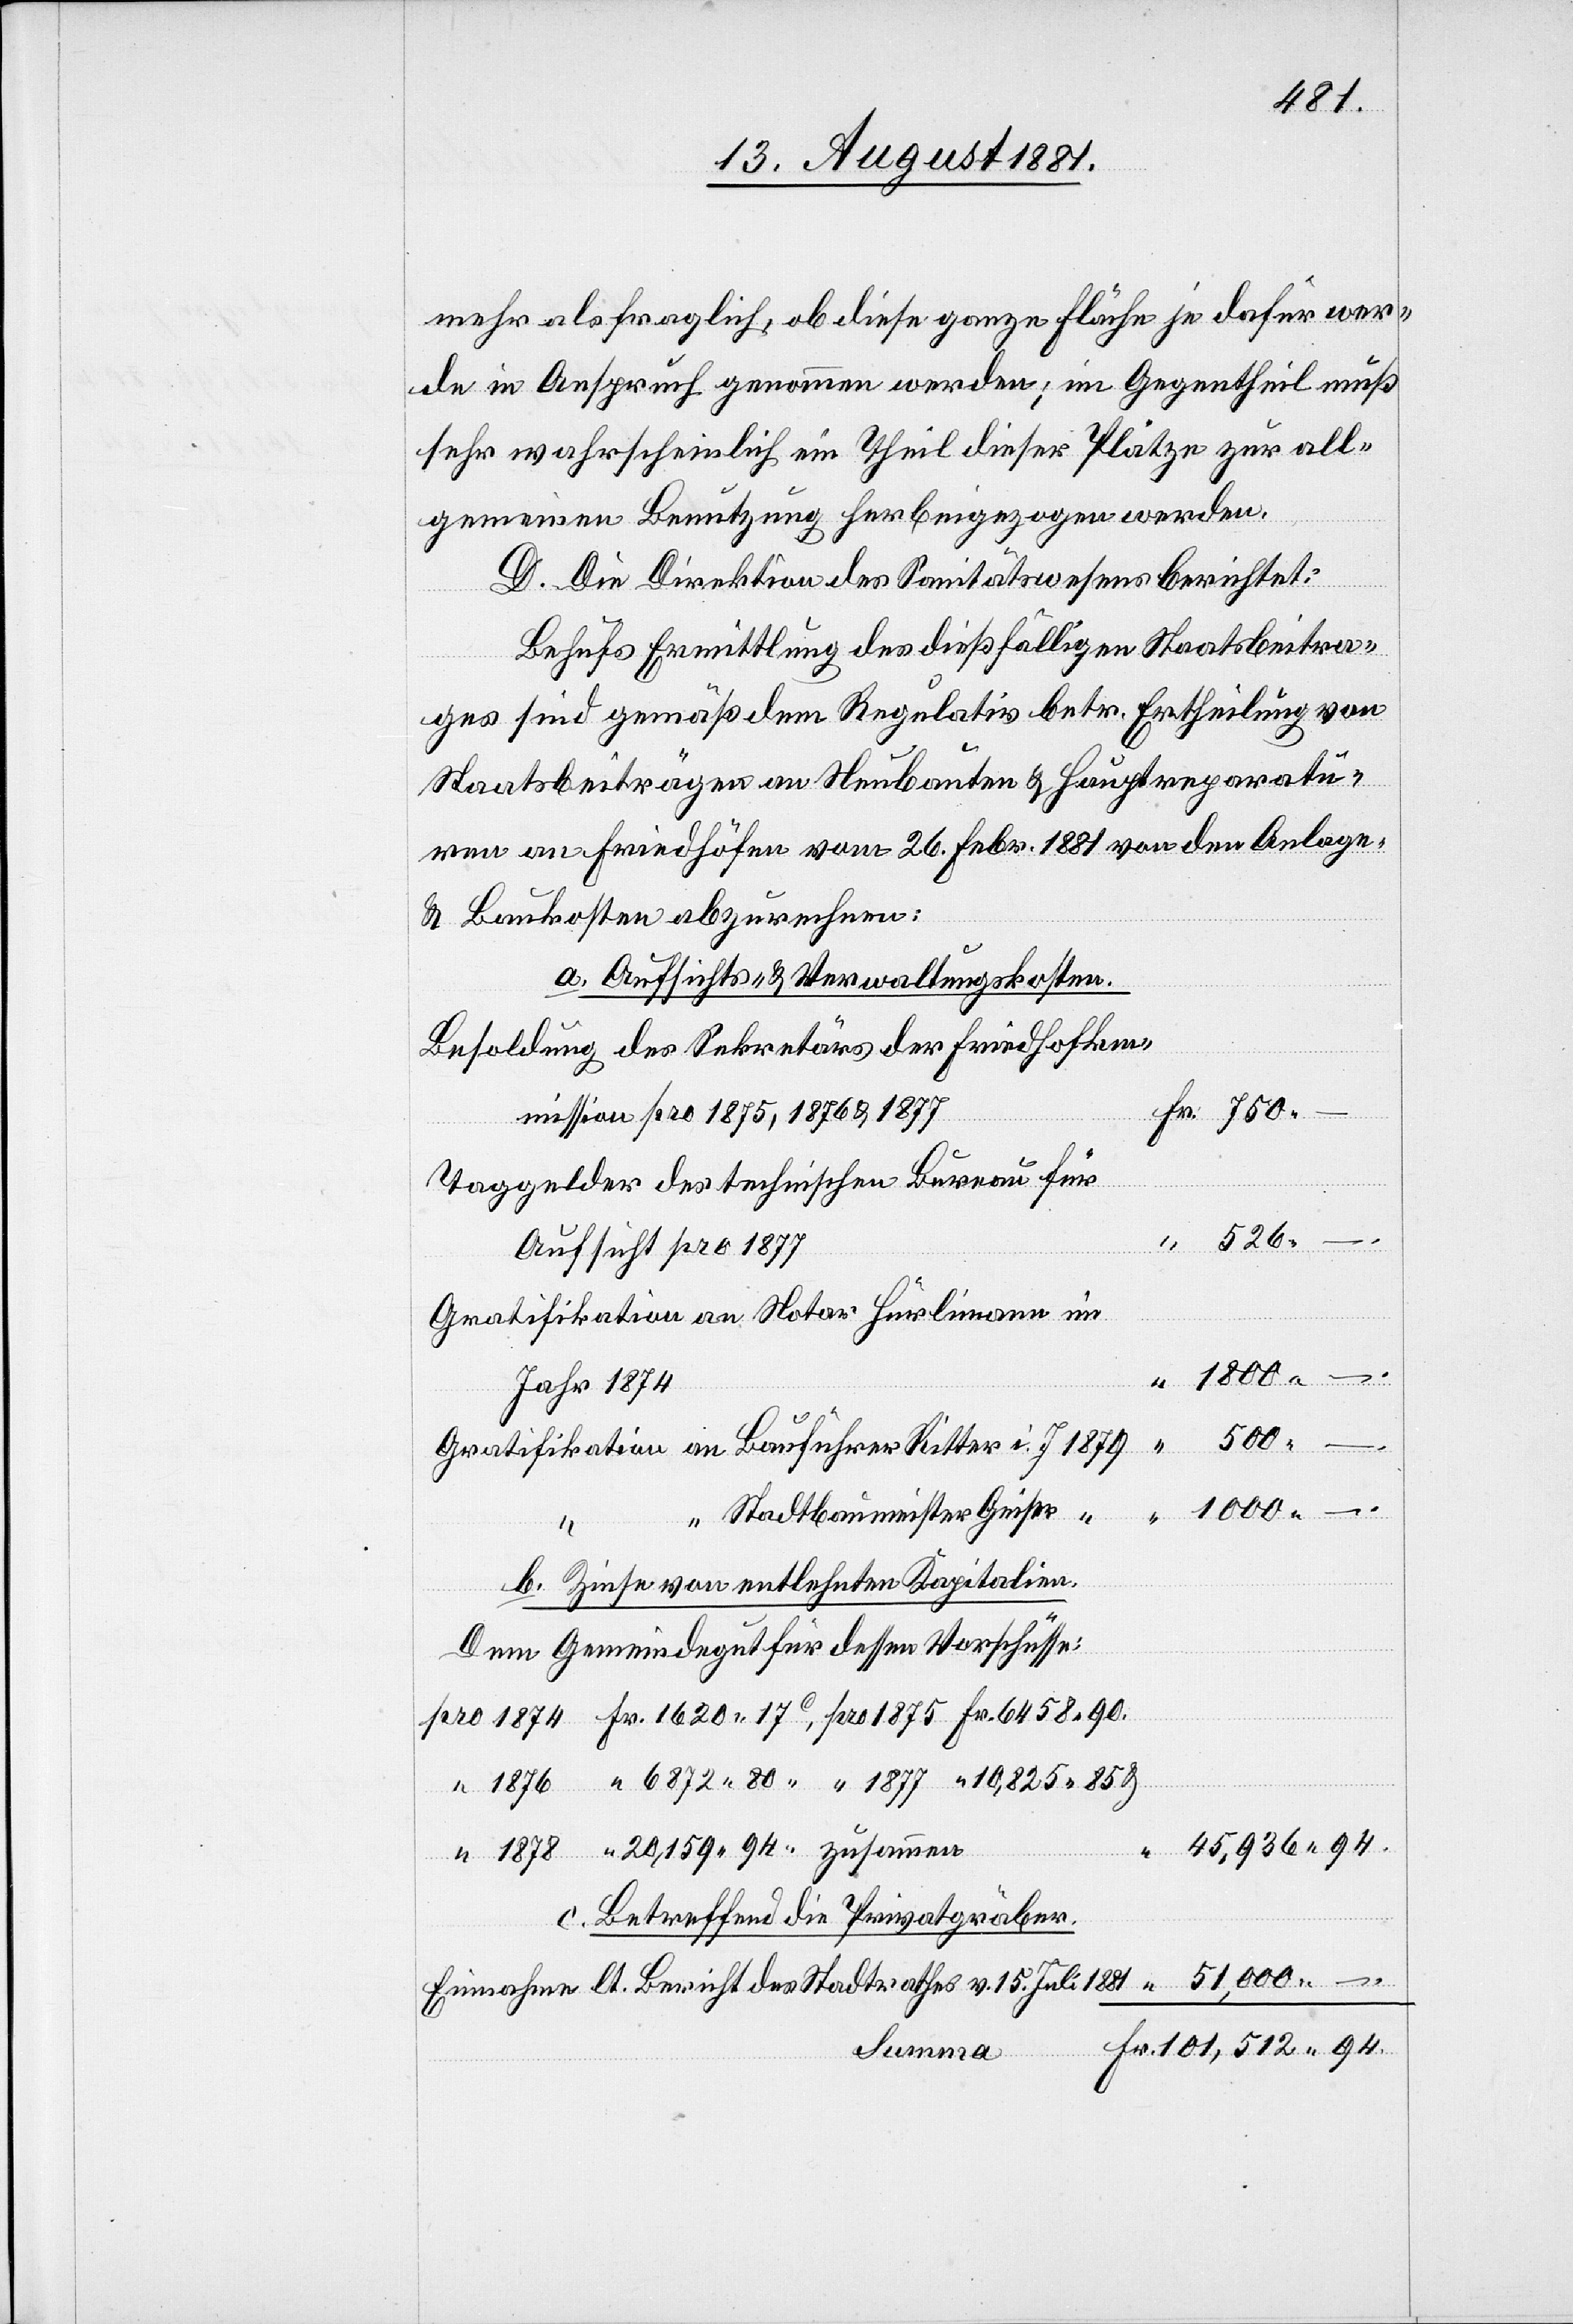
1878
mehr als fraglich, ob diese ganze Fläche je dafür wer¬
de in Anspruch genommen werden; im Gegentheil muß
sehr wahrscheinlich ein Theil dieser Plätze zur all¬
gemeinen Benutzung herbeigezogen werden.
D. Die Direktion des Sanitätswesens berichtet:
94.
Behufs Ermittlung des dießfälligen Staatsbeitra¬
ges sind gemäß dem Regulativ betr. Ertheilung von
Staatsbeiträgen an Neubauten & Hauptreparatu¬
ren an Friedhöfen vom 26. Febr. 1881 von den Anlage-
& Baukosten abzurechnen:
a. Aufsichts- & Verwaltungskosten.
Besoldung des Sekretärs der Friedhofkom¬
mission pro 1875, 1876 & 1877
Taggelder des technischen Bureau für
526
Aufsicht pro 1877
Gratifikation an Notar Hürlimann im
Jahr 1874
Summa
Gratifikation an Bauführer Ritter i. J. 1879
51,000 –.
Stadtbaumeister Geiser
b. Zinse von entlehnten Kapitalien.
Dem Gemeindegut für dessen Vorschüsse:
45,936 94.
c. Betreffend die Privatgräber.
Einnahmen lt. Bericht des Stadtrathes v. 15. Juli 1881